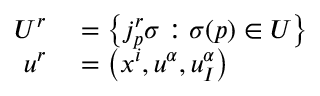
\begin{array} { r l } { U ^ { r } } & { { } = \left\{ j _ { p } ^ { r } \sigma : \sigma ( p ) \in U \right\} } \\ { u ^ { r } } & { { } = \left( x ^ { i } , u ^ { \alpha } , u _ { I } ^ { \alpha } \right) } \end{array}